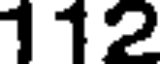
112